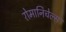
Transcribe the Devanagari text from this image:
रोमानिचेल्स